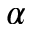
\ensuremath { \alpha }